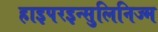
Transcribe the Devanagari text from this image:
हाइपरइन्सुलिनिज्म